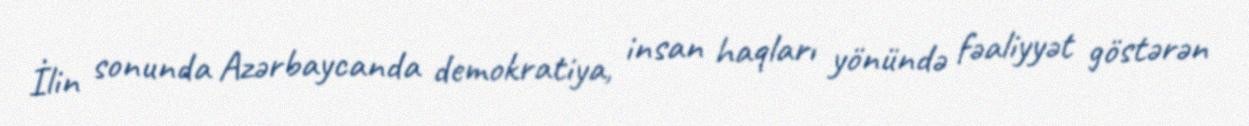
İlin sonunda Azərbaycanda demokratiya, insan haqları yönündə fəaliyyət göstərən